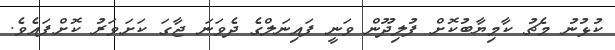
ކުޅުނު މެޗު ކާމިޔާބުކޮށް ފުލިދޫން ވަނީ ފައިނަލްގެ ދެވަނަ ޖާގަ ކަށަވަރު ކޮށްފައެވެ.